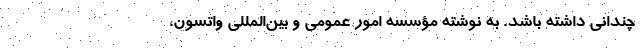
چندانی داشته باشد. به نوشته مؤسسه امور عمومی و بین‌المللی واتسون،